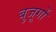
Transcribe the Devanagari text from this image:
बुजूर्गों